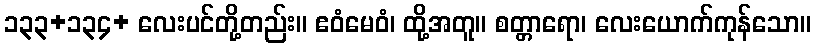
၁၃၃+၁၃၄+ လေးပင်တို့တည်း။ ဧဝံမေဝံ၊ ထို့အတူ။ စတ္တာရော၊ လေးယောက်ကုန်သော။